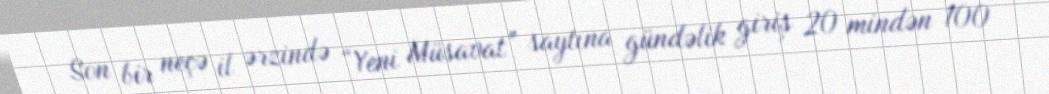
Son bir neçə il ərzində “Yeni Müsavat” saytına gündəlik giriş 20 mindən 100